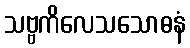
သဗ္ဗကိလေသသောဓနံ